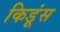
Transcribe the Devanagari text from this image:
किडूंस